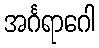
အင်္ဂရာဂေါ